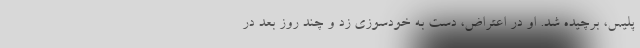
پلیس، برچیده شد. او در اعتراض، دست به خودسوزی زد و چند روز بعد در